Calcutta medical institutions reports 1871-78
Year: 1871
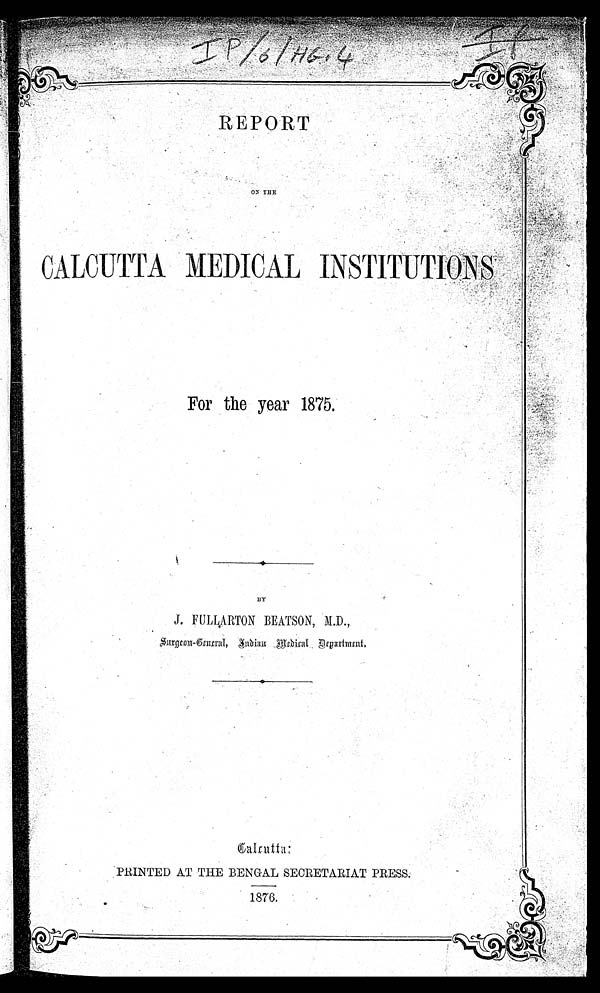
REPORT
ON THE
CALCUTTA MEDICAL INSTITUTIONS
For the year 1875.
BY
J. FULLARTON BEATSON, M.D.,
Surgeon-General, Indian Medical Department
PRINTED AT THE BENGAL SECRETARIAT PRESS.
1876.